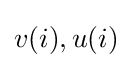
v(i),u(i)